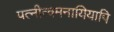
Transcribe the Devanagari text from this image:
पत्नीत्वमनायियापि